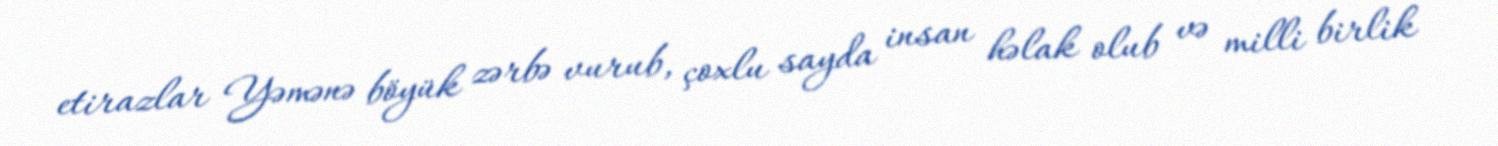
etirazlar Yəmənə böyük zərbə vurub, çoxlu sayda insan həlak olub və milli birlik